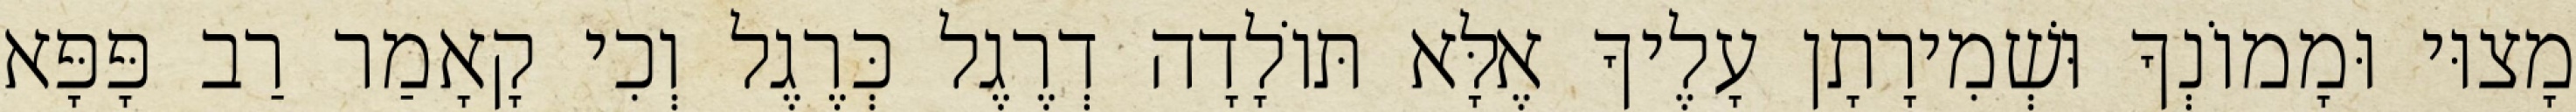
מָצוּי וּמָמוֹנְךָ וּשְׁמִירָתָן עָלֶיךָ אֶלָּא תּוֹלָדָה דְרֶגֶל כְּרֶגֶל וְכִי קָאָמַר רַב פָּפָּא